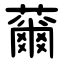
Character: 䕥